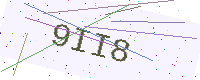
Text: 9II8